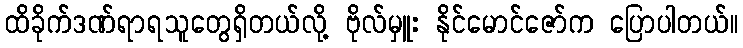
ထိခိုက်ဒဏ်ရာရသူတွေရှိတယ်လို့ ဗိုလ်မှူး နိုင်မောင်ဇော်က ပြောပါတယ်။